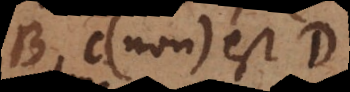
A (non) est B